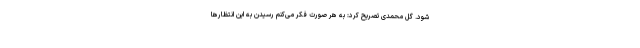
شود. گل محمدی تصریح کرد: به هر صورت فکر می‌کنم رسیدن به این انتظارها